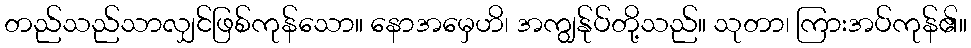
တည်သည်သာလျှင်ဖြစ်ကုန်သော။ နောအမှေဟိ၊ အကျွန်ုပ်တို့သည်။ သုတာ၊ ကြားအပ်ကုန်၏။